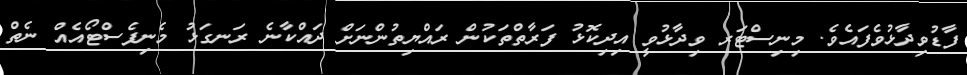
ފާޑުވިދާޅުވެފައެވެ. މިނިސްޓަރ ވިދާޅުވީ އިދިކޮޅު ފަރާތްތަކުން ރައްޔިތުންނަށް ދައްކާނެ ރަނގަޅު މެނިފެސްޓޯއެއް ނެތް